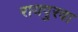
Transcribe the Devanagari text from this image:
रायपुरवा